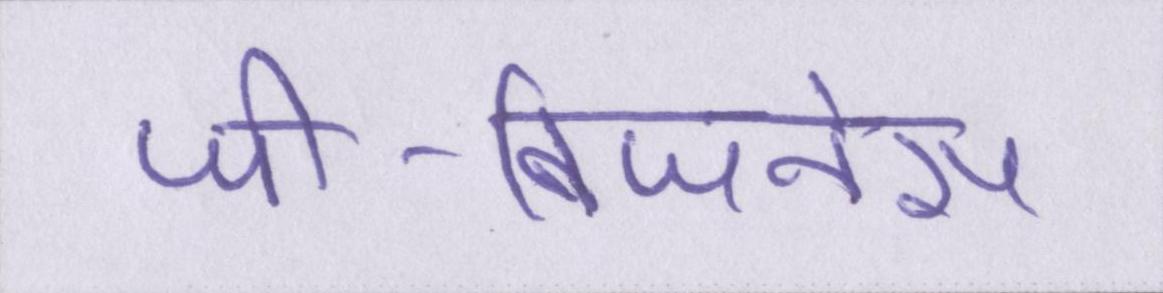
जी-बिजनेस